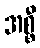
အစ္စီ